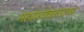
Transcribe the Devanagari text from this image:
महापर्वकालाच्या